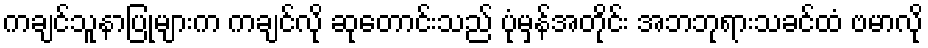
ကချင်သူနာပြုများက ကချင်လို ဆုတောင်းသည် ပုံမှန်အတိုင်း အဘဘုရားသခင်ထံ ဗမာလို